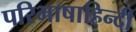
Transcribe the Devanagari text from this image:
परिभाषाहिन्दी